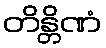
တိန္တိဏံ